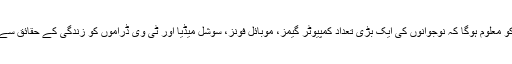
آپ آج ایک سروے کروایں تو آپ کو معلوم ہوگا کہ نوجوانوں کی ایک بڑی تعداد کمپیوٹر گیمز، موبائل فونز، سوشل میڈیا اور ٹی وی ڈراموں کو زندگی کے حقائق سے فرار کے لیے استعمال کرتی ہے۔